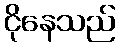
ငိုနေသည်